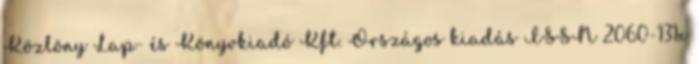
Közlöny Lap- és Könyvkiadó Kft. Országos kiadás ISSN 2060-131x